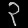
Digit: ၃